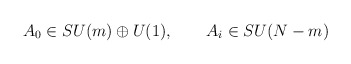
\begin{align*}A_{0}\in SU(m)\oplus U(1),\qquad A_{i}\in SU(N-m)\end{align*}